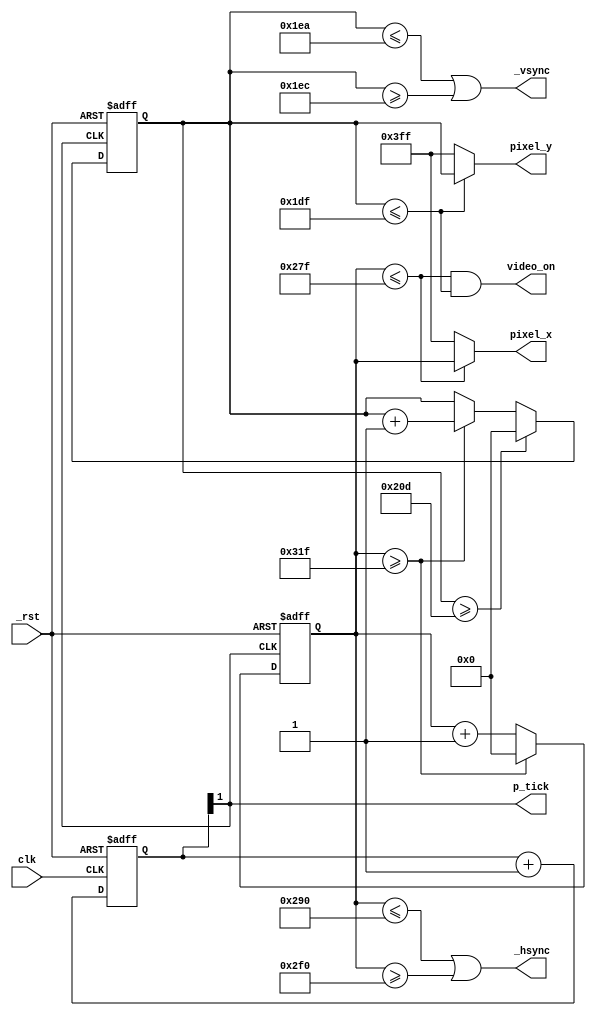
/*
* $Date: 2016-03-19 10:36:36 -0700 (Sat, 19 Mar 2016) $
* $Author: Soukthavy Sopha$
* $Revision: 42 $
*/
`timescale 1 ns / 100 ps
/*
Generate sync signals and pixel clock for VGA 640x480@60HZ
*/
module vga_sync (
    input clk,_rst,  //Note: input clock for this board is 100MHZ, _rst is active low.
    output _hsync, _vsync, video_on, p_tick,
    output [9:0] pixel_x, pixel_y
    );

    /* Constant declaration
        640x480@60HZ VGA sync parameters. Actual area is 800 x 525 where
        some areas area blacked out during sync/retrace.
        Define below are the parameter.
     */
    //Values in pixels
    localparam HD = 640; //displayable Horizontal
    localparam HB = 48;  //Horz back porch
    localparam HF = 16;  //Horz front porch
    localparam HR = 96;  //horizonal retrace, Hsync time
    /* 96(HR)+48(HB)+640+16(HF) = 800 */
    localparam VD = 480;  //displayable vertical pixels
    //Values in lines
    localparam VF = 10;  //vfront porch, top border
    localparam VB = 33;  //vback, vertical back porch, bottom border
    localparam VR = 2;  //vretrace

    /* pixel clock rate is : 800 * 60HZ * 525 ~ 25MHZ */
    /* For 100 MHZ board clock, to get 25MHZ will need mod-4 counter, but we will use
    bit 1 of counter to trigger the wrap  */
    reg [1:0] mod4_cnt;
    //hsync, vsync counters
    reg [9:0] hcnt, vcnt;
    wire h_end,v_end;

    /*initial begin //for simulation
        #1 hcnt = 0;
        #1 vcnt = 0;
        @(posedge clk) mod4_cnt = 2'b00;
    end*/ 

    always@(posedge clk, negedge _rst )
        if (~_rst ) begin
            mod4_cnt <= 2'b00;
        end
        else begin
            mod4_cnt <= mod4_cnt + 1'b1;
        end

    assign p_tick = mod4_cnt[1]; // tick at 25MHZ rate

    assign h_end = (hcnt >= (HD+HF+HB+HR-1)); //end of H counter@800-1 count
    assign v_end = (vcnt >= (VD+VF+VB+VR)); //end of V counter@525 count

    //modulo 800 counter and modulo 525 counter
    always@(posedge p_tick, negedge _rst ) begin
		if (~_rst) begin
            hcnt <= 0;
            vcnt <= 0;
		end else begin
        if (h_end) begin
            hcnt <= 10'b0;
            vcnt <= vcnt + 1'b1;
        end
        else
            hcnt <= hcnt + 1'b1;

        if (v_end)
            vcnt <= 10'b0;
		end
    end
    assign _hsync = ( (hcnt <= (HD+HF)) || (hcnt >= (HD+HF+HR)) );
    assign _vsync = ( ( vcnt <= (VD+VF)) || (vcnt >= (VD+VF+VR)) );

	assign video_on = (hcnt <= (HD-1)) && (vcnt <= (VD-1));
    assign pixel_x = (hcnt <= (HD-1) ) ? hcnt:10'b11_1111_1111;
    assign pixel_y = (vcnt <= (VD-1) ) ? vcnt:10'b11_1111_1111;

endmodule